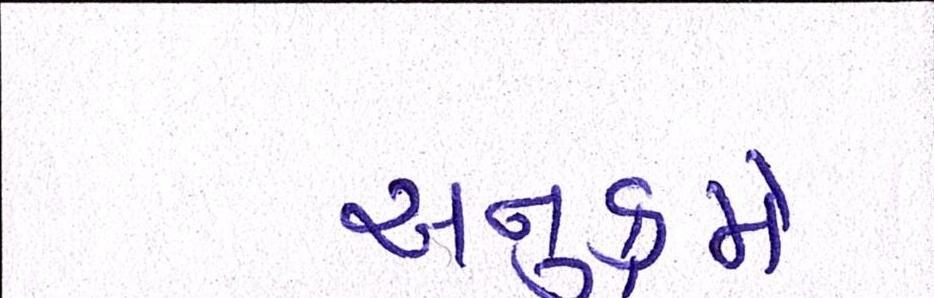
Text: અનુક્રમે